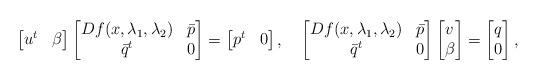
LaTeX: \begin{align*}\begin{bmatrix}u^t &\beta\end{bmatrix}\begin{bmatrix}Df(x,\lambda_1,\lambda_2) & \bar{p}\\\bar{q}^t & 0\end{bmatrix}&=\begin{bmatrix}p^t &0\end{bmatrix},&\begin{bmatrix}Df(x,\lambda_1,\lambda_2) & \bar{p}\\\bar{q}^t & 0\end{bmatrix}\begin{bmatrix}v\\\beta\end{bmatrix}&=\begin{bmatrix}q\\0\end{bmatrix},\end{align*}